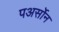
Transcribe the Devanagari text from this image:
पअर्सोन